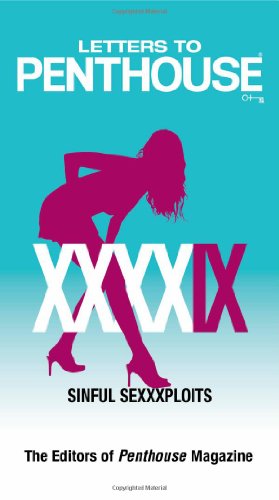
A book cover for Letters to Penthouse XXXXIX: Sinful Sexxxploits; Penthouse International; Romance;